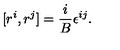
[ r ^ { i } , r ^ { j } ] = { \frac { i } { B } } \epsilon ^ { i j } .